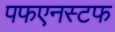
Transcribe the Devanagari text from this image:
पफएनस्टफ